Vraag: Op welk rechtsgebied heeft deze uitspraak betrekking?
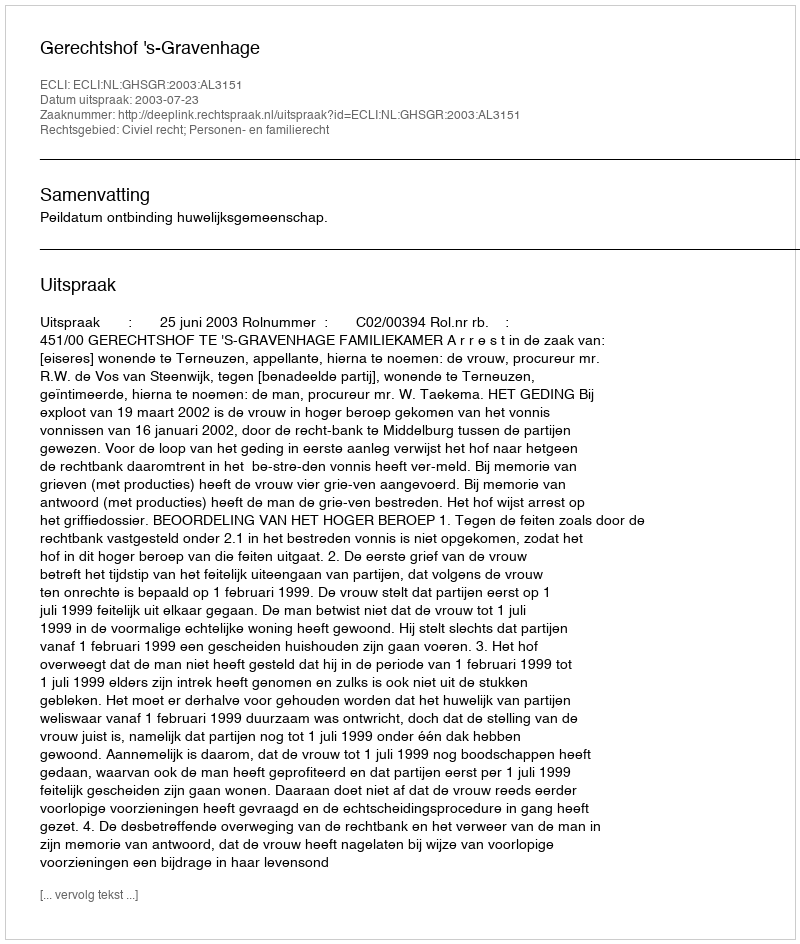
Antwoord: Civiel recht; Personen- en familierecht